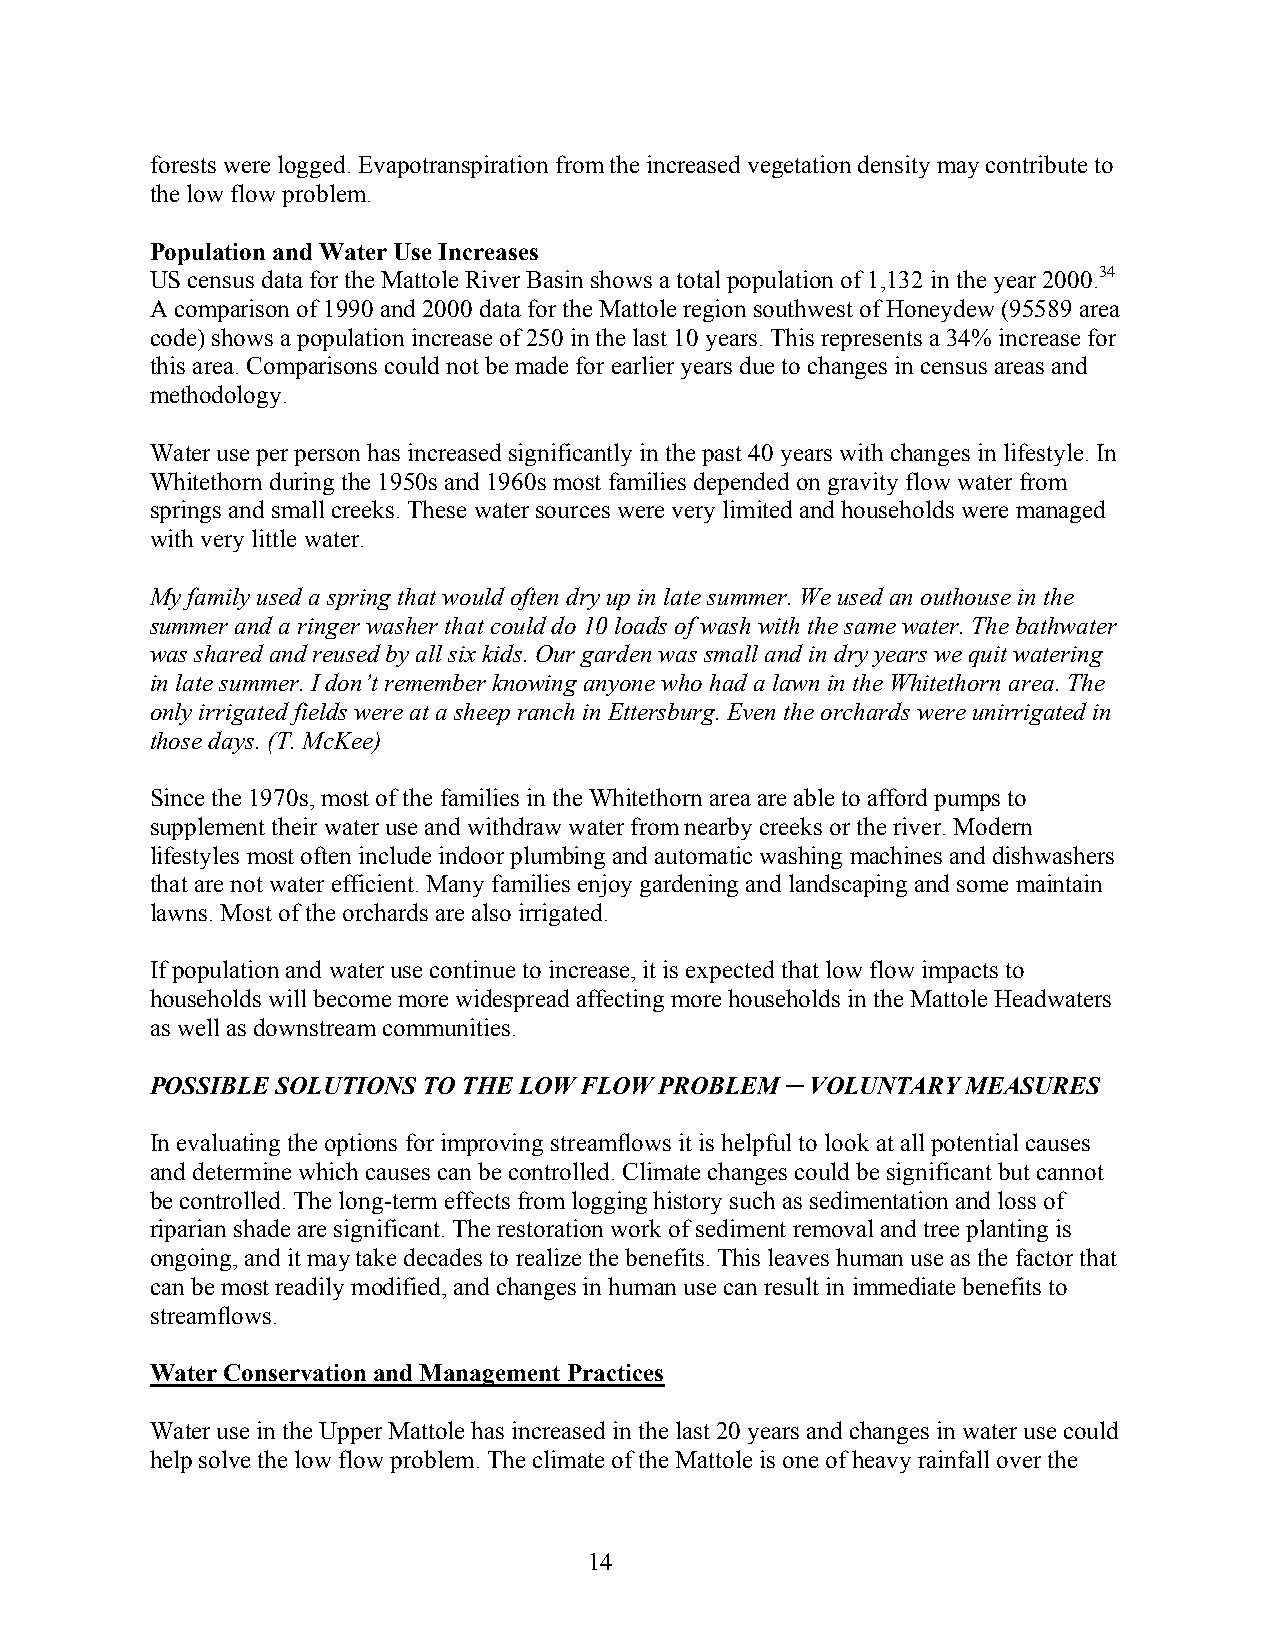
forests were logged. Evapotranspiration from the increased vegetation density may contribute to
 the low flow problem.
 Population and Water Use Increases
 US census data for the Mattole River Basin shows a total population of 1,132 in the year 2000.34
 A comparison of 1990 and 2000 data for the Mattole region southwest of Honeydew (95589 area
 code) shows a population increase of 250 in the last 10 years. This represents a 34% increase for
 this area. Comparisons could not be made for earlier years due to changes in census areas and
 methodology.
 Water use per person has increased significantly in the past 40 years with changes in lifestyle. In
 Whitethorn during the 1950s and 1960s most families depended on gravity flow water from
 springs and small creeks. These water sources were very limited and households were managed
 with very little water.
 My family used a spring that would often dry up in late summer. We used an outhouse in the
 summer and a ringer washer that could do 10 loads of wash with the same water. The bathwater
 was shared and reused by all six kids. Our garden was small and in dry years we quit watering
 in late summer. I don’t remember knowing anyone who had a lawn in the Whitethorn area. The
 only irrigated fields were at a sheep ranch in Ettersburg. Even the orchards were unirrigated in
 those days. (T. McKee)
 Since the 1970s, most of the families in the Whitethorn area are able to afford pumps to
 supplement their water use and withdraw water from nearby creeks or the river. Modern
 lifestyles most often include indoor plumbing and automatic washing machines and dishwashers
 that are not water efficient. Many families enjoy gardening and landscaping and some maintain
 lawns. Most of the orchards are also irrigated.
 If population and water use continue to increase, it is expected that low flow impacts to
 households will become more widespread affecting more households in the Mattole Headwaters
 as well as downstream communities.
 POSSIBLE SOLUTIONS TO THE LOW FLOW PROBLEM ─ VOLUNTARY MEASURES
 In evaluating the options for improving streamflows it is helpful to look at all potential causes
 and determine which causes can be controlled. Climate changes could be significant but cannot
 be controlled. The long-term effects from logging history such as sedimentation and loss of
 riparian shade are significant. The restoration work of sediment removal and tree planting is
 ongoing, and it may take decades to realize the benefits. This leaves human use as the factor that
 can be most readily modified, and changes in human use can result in immediate benefits to
 streamflows.
 Water Conservation and Management Practices
 Water use in the Upper Mattole has increased in the last 20 years and changes in water use could
 help solve the low flow problem. The climate of the Mattole is one of heavy rainfall over the
 14